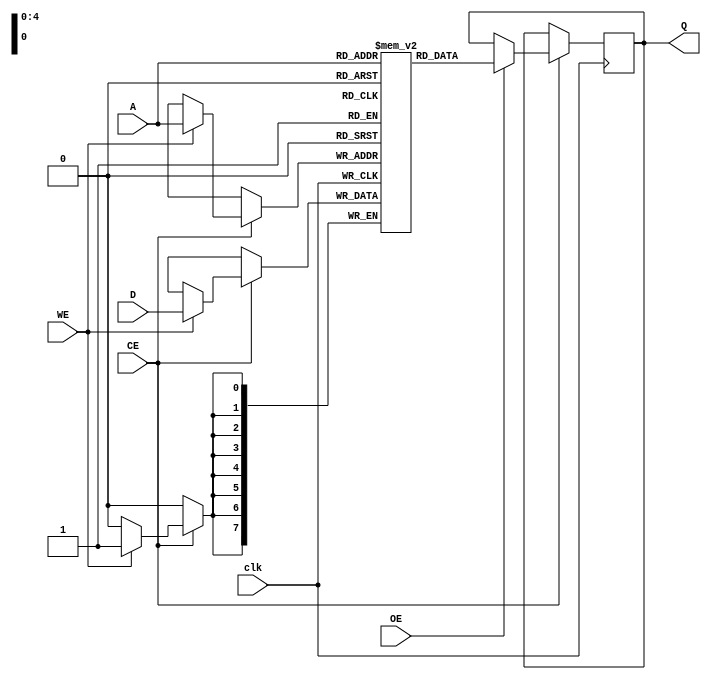
module IO_Blocks_Register_File_SRAM #(
    parameter NUM_REGISTERS = 32, // Number of registers
    parameter REGISTER_WIDTH = 8   // Width of each register
)(
    input wire clk,                 // Clock signal
    input wire CE,                  // Chip Enable
    input wire WE,                  // Write Enable
    input wire OE,                  // Output Enable
    input wire [REGISTER_WIDTH-1:0] D, // Data input
    input wire [4:0] A,             // Address input (5 bits for 32 registers)
    output reg [REGISTER_WIDTH-1:0] Q // Data output
);

    // Memory array declaration
    reg [REGISTER_WIDTH-1:0] register_file [0:NUM_REGISTERS-1];

    // Initialization block
    integer i;
    initial begin
        for (i = 0; i < NUM_REGISTERS; i = i + 1) begin
            register_file[i] = 0; // Initialize all registers to 0
        end
    end

    // Read/Write operations
    always @(posedge clk) begin
        if (CE) begin
            if (WE) begin
                // Write operation
                register_file[A] <= D; // Write data to the selected register
            end
            if (OE) begin
                // Read operation
                Q <= register_file[A]; // Read data from the selected register
            end
        end
    end

endmodule